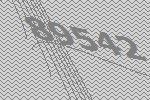
89542